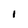
Character: I